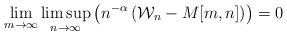
LaTeX: \begin{align*}\lim_{m \to \infty} \limsup_{n \to \infty}\left(n^{-\alpha} \left( \mathcal{W}_n-M[m,n] \right)\right) = 0\end{align*}